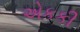
એકકી